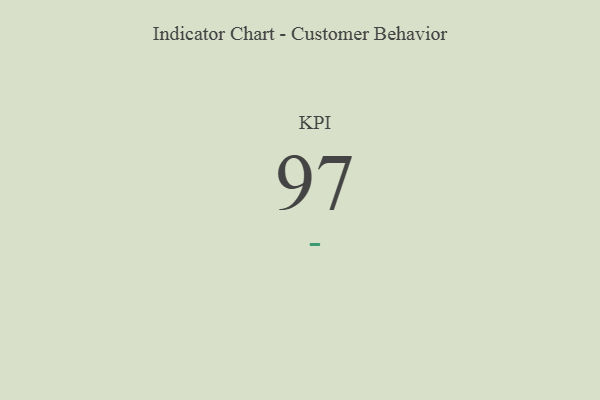
{"axis": {"x": "KPI", "y": "Value"}, "legend": [""], "data": [{"x": "KPI", "y": 97, "type": ""}]}